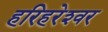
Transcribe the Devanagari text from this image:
हरिहरेश्‍वर